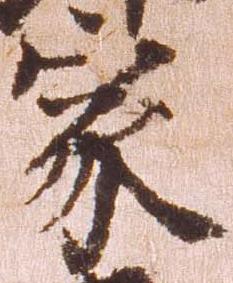
家